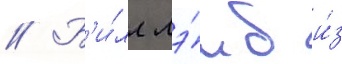
// Б'и́лл лэ́мб и́з